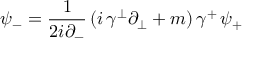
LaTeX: \psi _ { - } = \frac { 1 } { 2 i \partial _ { - } } \, ( i \, \gamma ^ { \perp } \partial _ { \perp } + m ) \, \gamma ^ { + } \, \psi _ { + }